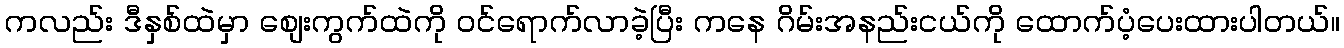
ကလည်း ဒီနှစ်ထဲမှာ စျေးကွက်ထဲကို ဝင်ရောက်လာခဲ့ပြီး ကနေ ဂိမ်းအနည်းငယ်ကို ထောက်ပံ့ပေးထားပါတယ်။